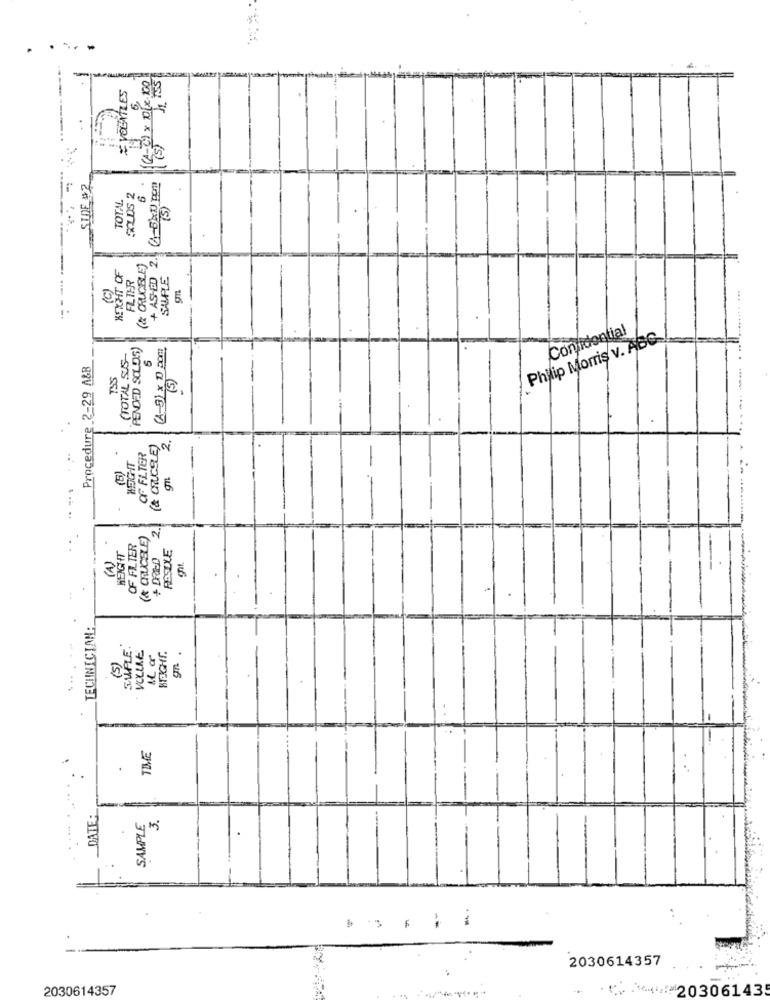
= VOLATILES
(4-2) × 10(x 100
6,
1 (5)
SIDE #2
TOTAL
FOLDS 2
6
+ AS-ÉD 2.
KEYHIT OF
(& CRUCIBLE)
FLTER
SAMPLE
(C)
gn
Confidential
PENDED SOLOS)
(A 5) × 10 pom
Philip Morris v. ABC
(TOTAL SUS
Procedure 2-29 A&B
TSS
(5)
2.
(& CROCSLE)
-
OF FILTER
HEIGHT
(5)
2.
(& CRUCIBLE)
OF FILTER
HEIGHT
+ DRIEO
RESTXE
(1)
TECHNICIAN:
SUPLE
VOLUME
(5)
gn .
....
TIME
.
.... .
DATE:
SAMPLE
3.
2030614357
2030614357
5 4 20306143